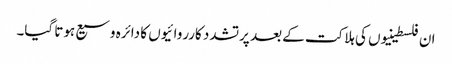
ان فلسطینیوں کی ہلاکت کے بعد پرتشدد کارروائیوں کا دائرہ وسیع ہوتا گیا۔